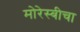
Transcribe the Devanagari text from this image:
मोरेस्बीचा